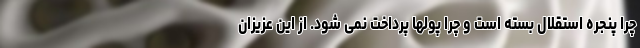
چرا پنجره استقلال بسته است و چرا پولها پرداخت نمی شود. از این عزیزان